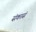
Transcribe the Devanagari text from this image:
संकासं